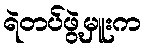
ရဲတပ်ဖွဲ့မှူးက